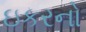
ઇકરનો